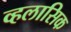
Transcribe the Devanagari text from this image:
व्हलासिक